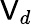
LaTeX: \mathsf{V}_{d}